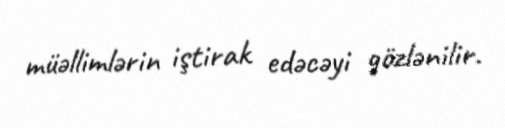
müəllimlərin iştirak edəcəyi gözlənilir.